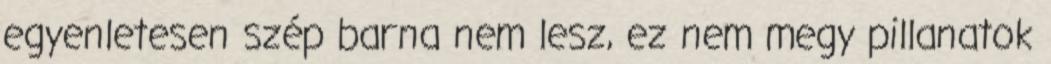
egyenletesen szép barna nem lesz, ez nem megy pillanatok